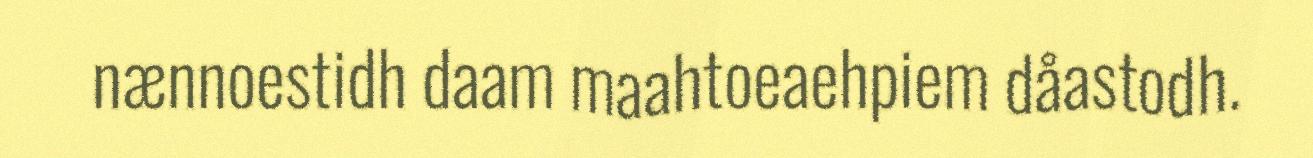
nænnoestidh daam maahtoeaehpiem dåastodh.